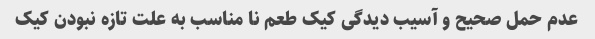
عدم حمل صحیح و آسیب دیدگی کیک طعم نا مناسب به علت تازه نبودن کیک